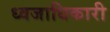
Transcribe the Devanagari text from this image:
ध्वजाधिकारी